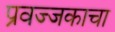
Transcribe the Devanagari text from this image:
प्रवज्जकाचा